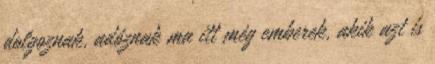
dolgoznak, adóznak ma itt még emberek, akik azt is